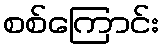
စစ်ကြောင်း